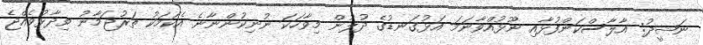
ނަޝީދު: އާލާސްކަންފުޅާއި ނޫޅުއްވާނަމަ އަޅުގަނޑުގެ ދުލުން މިވާހަކަ ނުނިކުންނާނެ އެކަމަކު ތަރުޖަމާނު ވިދާޅުވެއްޖެ